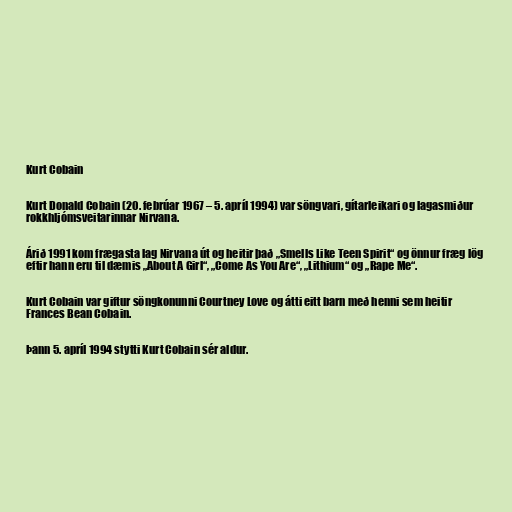
Kurt Cobain

Kurt Donald Cobain (20. febrúar 1967 – 5. apríl 1994) var söngvari, gítarleikari og lagasmiður
rokkhljómsveitarinnar Nirvana.

Árið 1991 kom frægasta lag Nirvana út og heitir það „Smells Like Teen Spirit“ og önnur fræg lög
eftir hann eru til dæmis „About A Girl“, „Come As You Are“, „Lithium“ og „Rape Me“.

Kurt Cobain var giftur söngkonunni Courtney Love og átti eitt barn með henni sem heitir
Frances Bean Cobain.

Þann 5. apríl 1994 stytti Kurt Cobain sér aldur.